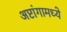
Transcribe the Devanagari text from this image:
अष्टांगामध्ये